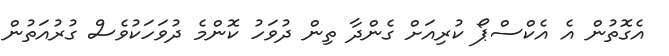
އެގޮތުން އެ އެކްސްޕޯ ކުރިއަށް ގެންދާ ތިން ދުވަހު ކޮންމެ ދުވަހަކުވެސް ގުރުއަތުން